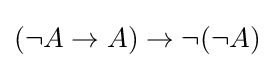
(\neg A\to A)\to \neg (\neg A)